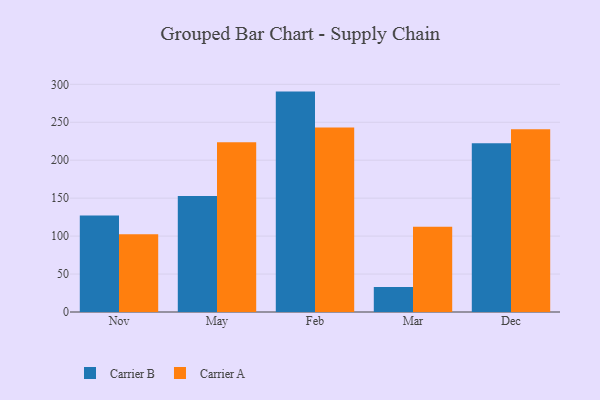
{"axis": {"x": "Month", "y": "Page Views"}, "legend": ["Carrier A", "Carrier B"], "data": [{"x": "Nov", "y": 127.0, "type": "Carrier B"}, {"x": "Nov", "y": 102.3, "type": "Carrier A"}, {"x": "May", "y": 152.8, "type": "Carrier B"}, {"x": "May", "y": 223.7, "type": "Carrier A"}, {"x": "Feb", "y": 290.4, "type": "Carrier B"}, {"x": "Feb", "y": 243.1, "type": "Carrier A"}, {"x": "Mar", "y": 32.9, "type": "Carrier B"}, {"x": "Mar", "y": 112.4, "type": "Carrier A"}, {"x": "Dec", "y": 222.2, "type": "Carrier B"}, {"x": "Dec", "y": 240.9, "type": "Carrier A"}]}